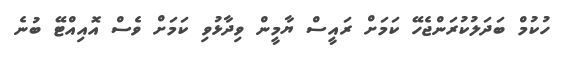
ހުކުމް ބަދަލުކުރަންޖެހޭ ކަމަށް ރައީސް ޔާމީން ވިދާޅުވި ކަމަށް ވެސް އޮއިއްޓޭ ބުނެ